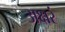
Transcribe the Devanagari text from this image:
अक्षरं